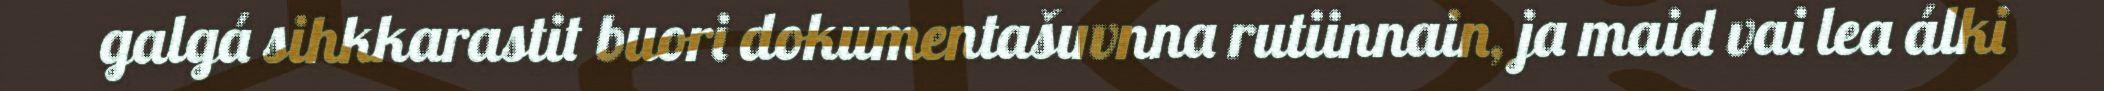
galgá sihkkarastit buori dokumentašuvnna rutiinnain, ja maid vai lea álki